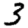
Digit: 3